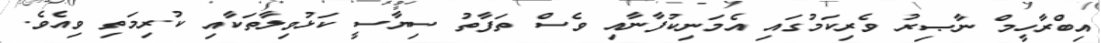
އިބްރާހީމް ނާޞިރު ވެރިކަމުގައި އެމަނިކުފާނާއި ވެސް ތަފާތު ސިޔާސީ ކަޅުވިލާތަކާއި ކުރިމަތި ވިއެވެ.